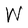
Character: W